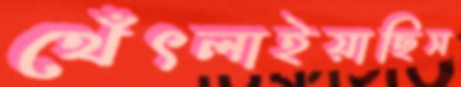
থেঁৎলাইয়াছিস